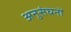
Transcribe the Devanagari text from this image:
अनुसंघनों